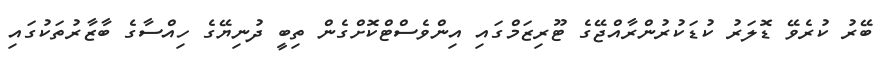
ބޭރު ކުރެވޭ ޑޮލަރު ކުޑަކުރުންރާއްޖޭގެ ޓޫރިޒަމްގައި އިންވެސްޓްކޮށްގެން ތިބީ ދުނިޔޭގެ ހިއްސާގެ ބާޒާރުތަކުގައި